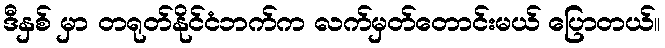
ဒီနှစ် မှာ တရုတ်နိုင်ငံဘက်က လက်မှတ်တောင်းမယ် ပြောတယ်။